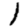
Digit: 1